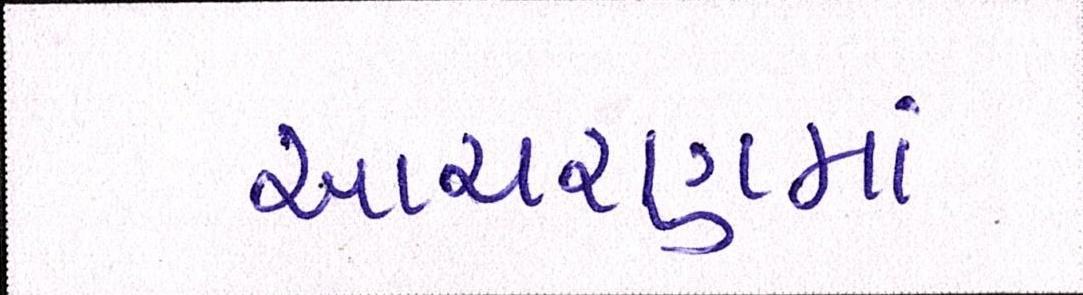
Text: આચરણમાં